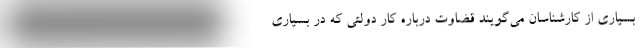
بسیاری از کارشناسان می‌گویند قضاوت درباره کار دولتی که در بسیاری